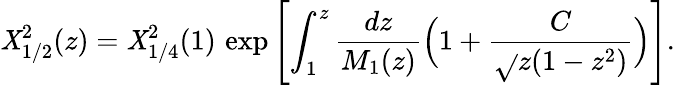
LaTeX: \mathit{X}_{1/2}^{2}(z)=\mathit{X}_{1/4}^{2}(1)\, \exp\left[\int_{1}^{z}{\frac{{dz}}{{M_{1}(z)}}}\Bigl(1+{\frac{{C}}{{\sqrt{}{{z(1-z^{2})}}}}}\Bigr)\right].